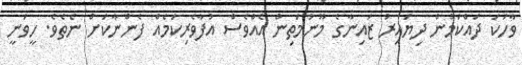
ވާހަކަ ދައްކަމުން ދިޔައިރު ޒައިނާގެ މޫނުމަތިން އެއްވެސް އުފާވެރިކަމެއް ފެންނާކަށް ނެތެވެ. ހީވަނީ